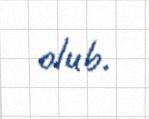
olub.